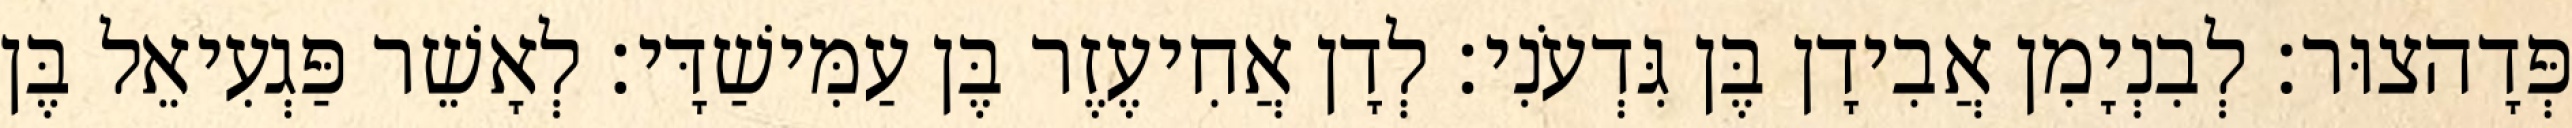
פְּדָהצוּר׃ לְבִנְיָמִן אֲבִידָן בֶּן גִּדְעֹנִי׃ לְדָן אֲחִיעֶזֶר בֶּן עַמִּישַׁדָּי׃ לְאָשֵׁר פַּגְעִיאֵל בֶּן